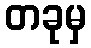
တခုမှ